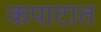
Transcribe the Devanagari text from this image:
कपाटात